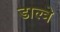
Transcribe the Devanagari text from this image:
डाल्त्रे